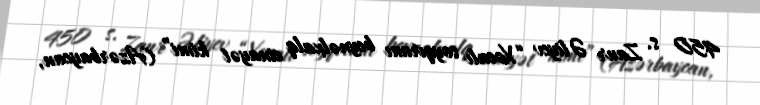
450 s. Zaur Əliyev “Xocalı soyqırımı beynəlxalq cinayət kimi” (Azərbaycan,